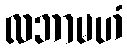
လဘာမဟံ